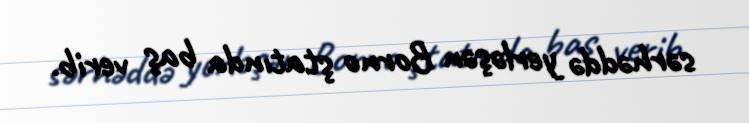
sərhəddə yerləşən Borno ştatında baş verib.